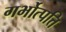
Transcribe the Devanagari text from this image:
गर्भोत्पत्ति